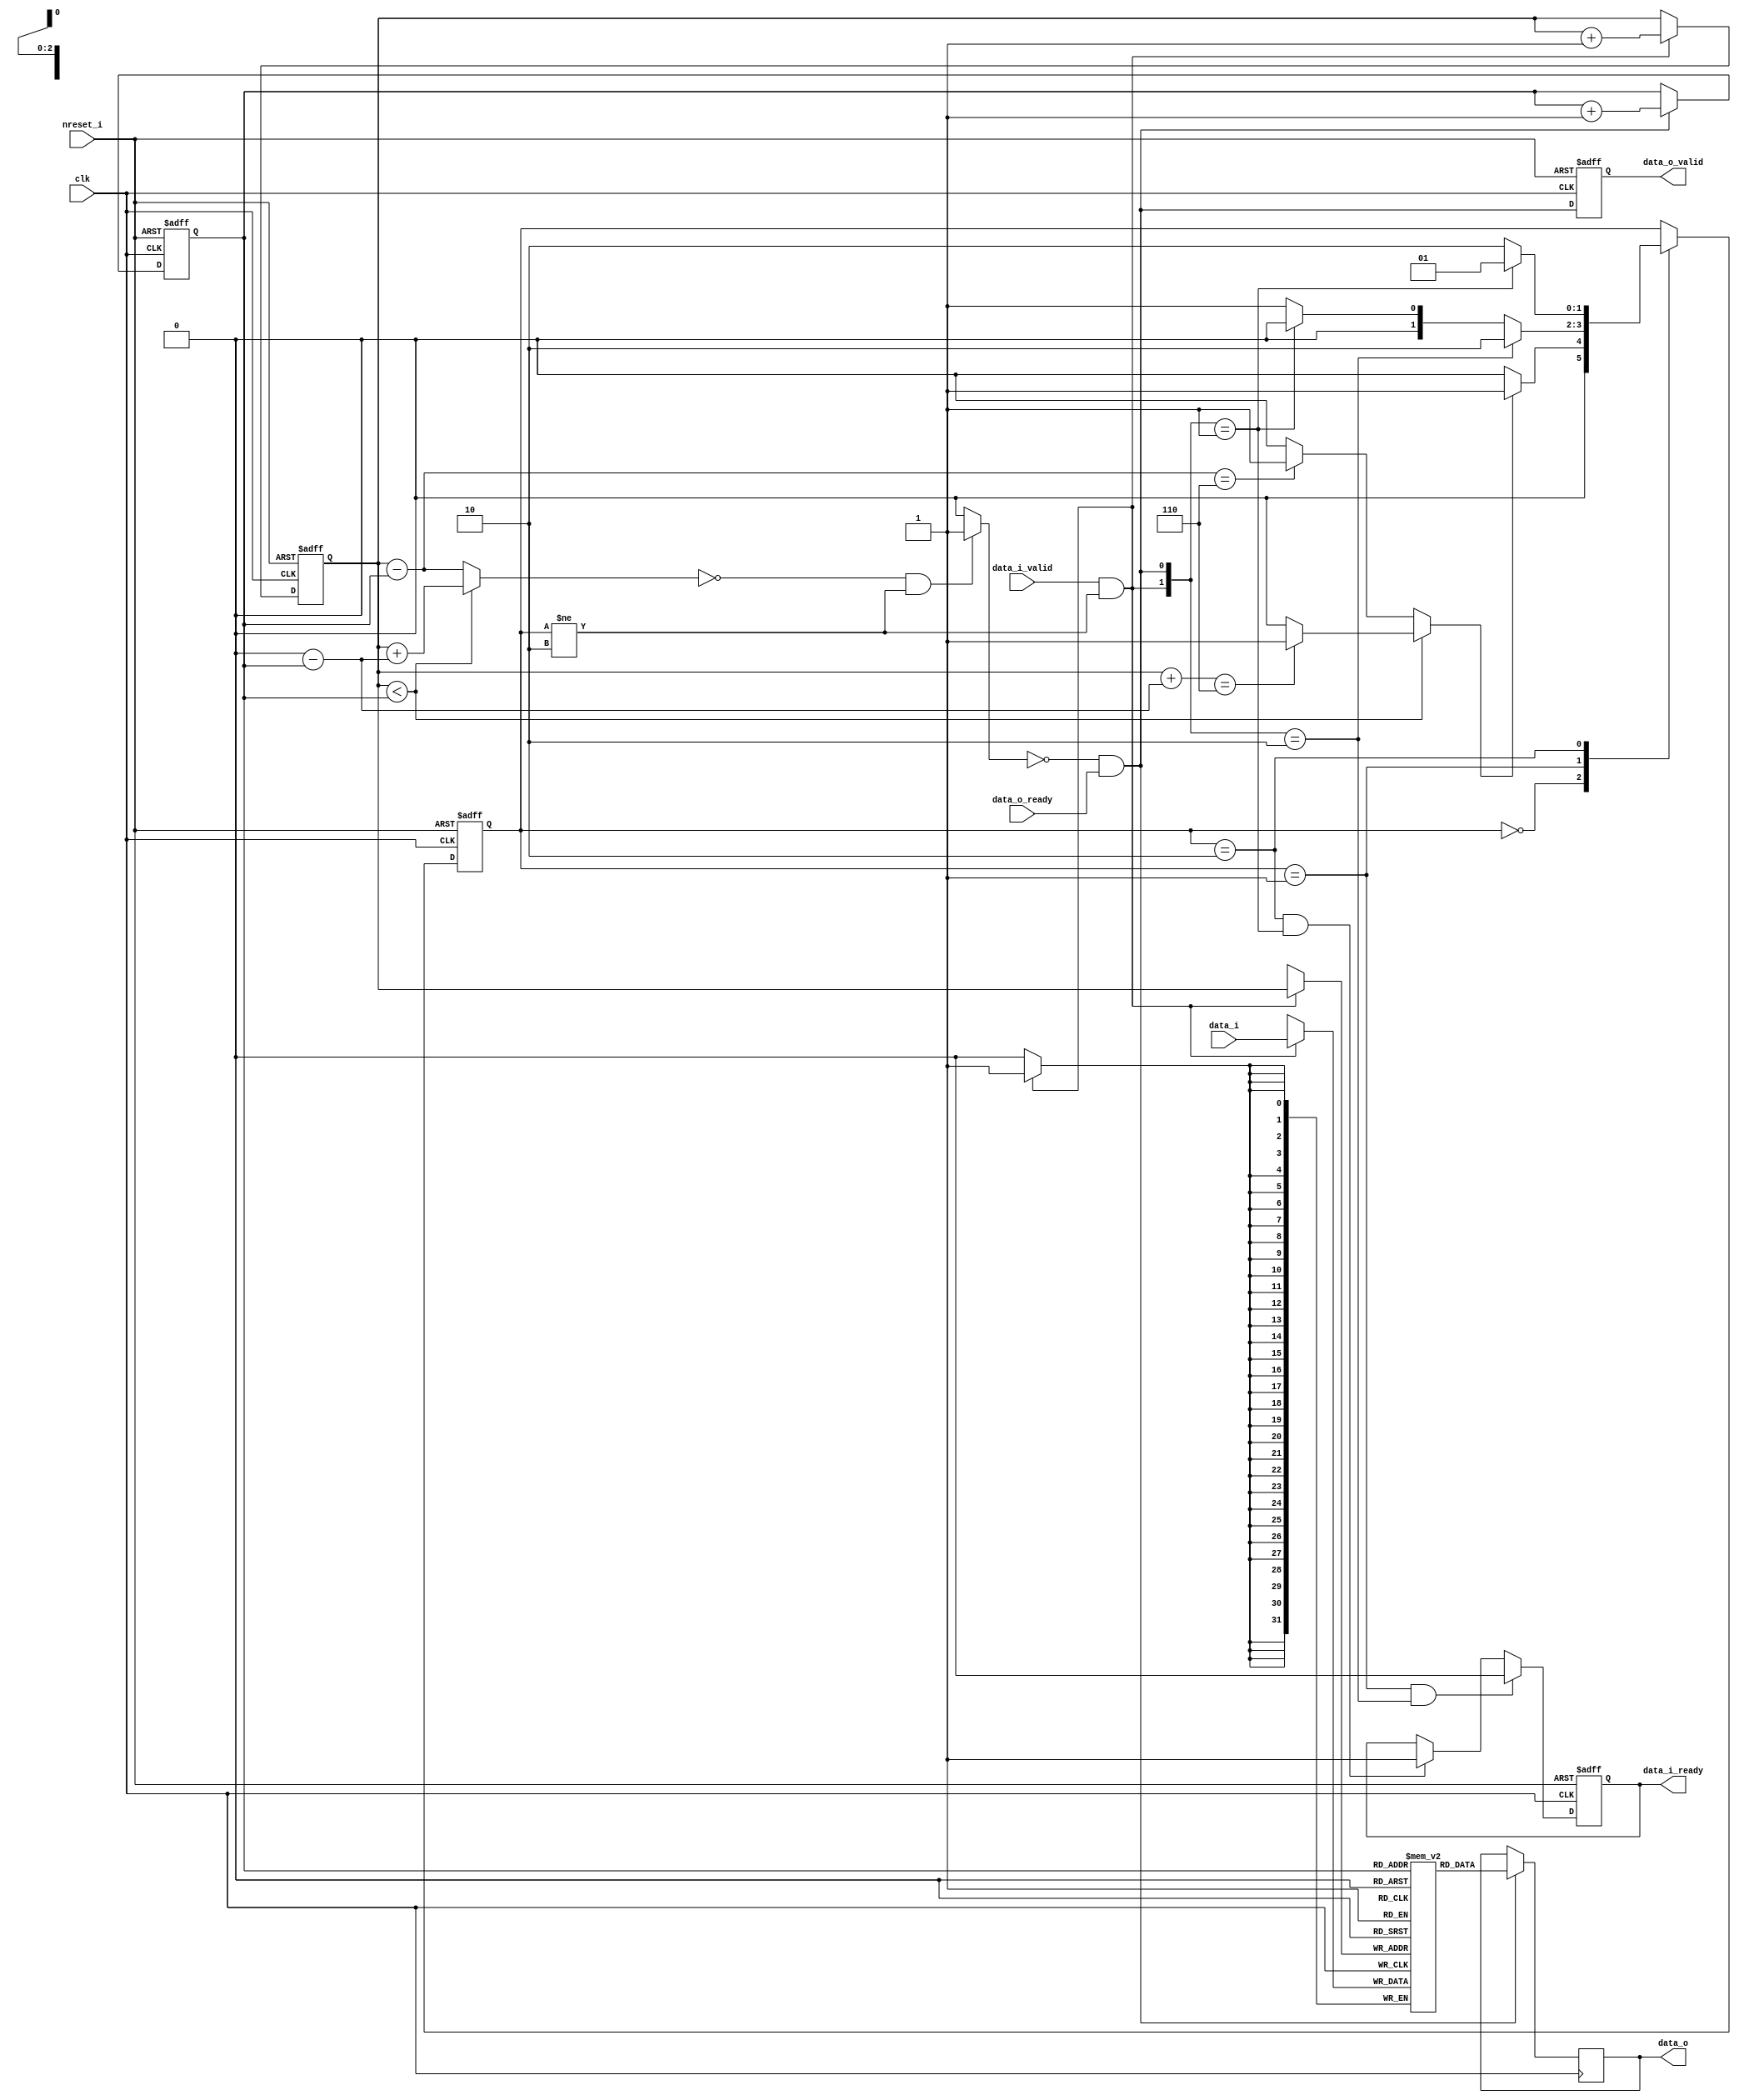
// 
//
// Copyright (c) 2019 Authors of "Buffets: An Efficient and Composable Storage Idiom for Explicit Decoupled Data
// Orchestration".
//
// Permission is hereby granted, free of charge, to any person obtaining a copy of this software and associated
// documentation files (the "Software"), to deal in the Software without restriction, including without limitation the
// rights to use, copy, modify, merge, publish, distribute, sublicense, and/or sell copies of the Software, and to
// permit persons to whom the Software is furnished to do so, subject to the following conditions:
//
// The above copyright notice and this permission notice shall be included in all copies or substantial portions of the
// Software.
//
// THE SOFTWARE IS PROVIDED "AS IS", WITHOUT WARRANTY OF ANY KIND, EXPRESS OR IMPLIED, INCLUDING BUT NOT LIMITED TO THE
// WARRANTIES OF MERCHANTABILITY, FITNESS FOR A PARTICULAR PURPOSE AND NONINFRINGEMENT. IN NO EVENT SHALL THE AUTHORS OR
// COPYRIGHT HOLDERS BE LIABLE FOR ANY CLAIM, DAMAGES OR OTHER LIABILITY, WHETHER IN AN ACTION OF CONTRACT, TORT OR
// OTHERWISE, ARISING FROM, OUT OF OR IN CONNECTION WITH THE SOFTWARE OR THE USE OR OTHER DEALINGS IN THE SOFTWARE.



module fifo(
            clk,
            nreset_i,
            data_i,
            data_i_valid,
            data_i_ready,
            data_o,
            data_o_valid,
            data_o_ready
        );

//------------------------------------------------------------------
//	                   PARAMETERS 
//------------------------------------------------------------------

parameter DATA_WIDTH = 32;
parameter FIFO_DEPTH = 8; //Assumed to be power of 2

localparam IDX_WIDTH = $clog2(FIFO_DEPTH);
localparam IDLE = 2'b00, READ_ONLY = 2'b01, WRITE_ONLY = 2'b10, READ_WRITE = 2'b11;
localparam READY = 2'b00, ALMOST_FULL = 2'b01, FULL =  2'b10;

//------------------------------------------------------------------
//	                   INPUT/OUTPUT PORTS
//------------------------------------------------------------------

input                       clk, nreset_i;

// Data In
input [DATA_WIDTH-1:0]      data_i;
input                       data_i_valid;
output                      data_i_ready;
//Data Out
output [DATA_WIDTH-1:0]     data_o;
output                      data_o_valid;
input                       data_o_ready;

//------------------------------------------------------------------
//	                   REGISTERS
//------------------------------------------------------------------

reg     [DATA_WIDTH-1:0]    regfile     [FIFO_DEPTH-1:0];
reg     [IDX_WIDTH-1:0]     head, tail;
reg     [1:0]               state;

reg     [DATA_WIDTH-1:0]    data_o_r;
reg                         data_o_valid_r, data_i_ready_r;
//------------------------------------------------------------------
//	                   WIRES 
//------------------------------------------------------------------

// Head Tail chase has two cases: (1) one where head is greater than tail and (2) vice versa
wire                        head_greater_than_tail = (head < tail)? 1'b0:1'b1;

// Distance between the tail and the end of the FIFO
wire    [IDX_WIDTH-1:0]     tail_offset = FIFO_DEPTH - tail;

// Distance between head and tail (applicable in case 1)
wire    [IDX_WIDTH-1:0]     head_tail_distance = head - tail;

// In case 1, head_tail_distance directly gives occupancy, in case (2) offset needs to be added to head.
wire    [IDX_WIDTH-1:0]     occupancy = (head_greater_than_tail)? head_tail_distance :
                                        (head + tail_offset);

// Empty FIFO
wire                        empty = ((occupancy == 1'b0)&&(state != FULL))? 1'b1:1'b0;

// Four events: Only read, only write, both or none
wire                        read_event = ~empty & data_o_ready;
wire                        write_event = data_i_valid & (state != FULL);
wire [1:0]                  event_cur = {write_event, read_event};

// Almost full refers to FIFO full if another data is written
    // Case 1, when head greater than tail (hgtt) - Distance is 2
wire                        almost_full_hgtt = (head_tail_distance == FIFO_DEPTH-2)? 1'b1 : 1'b0;
    // Case 2, when ~hgtt. Head is 0 and tail offset is 1, or head is 1 and tail offset is 0
wire                        almost_full_hgtt_n = ((head + tail_offset) == FIFO_DEPTH-2)? 1'b1: 1'b0;
    // Mux the above two to get the almost full
wire                        almost_full = (head_greater_than_tail) ? almost_full_hgtt : almost_full_hgtt_n;

// When will the FIFO be full: when it is almost full and there is only write (no read)
wire                        fifo_will_be_full = almost_full & data_i_valid & ~data_o_ready;

//------------------------------------------------------------------
//	                   SEQUENTIAL LOGIC
//------------------------------------------------------------------

// State Machine for FIFO status
always @(posedge clk or negedge nreset_i) begin
    if(~nreset_i) begin
        state <= READY;
    end
    else begin
        case(state)

        READY: 
            state <= (almost_full)? ALMOST_FULL : READY;
        ALMOST_FULL:
            state <= (event_cur == WRITE_ONLY)? FULL : 
                        ((event_cur == READ_ONLY)? READY : ALMOST_FULL);
        FULL:
            state <= (event_cur == READ_ONLY)? ALMOST_FULL : FULL;

        endcase
    end
end

// ready is pulled low if - (1) Almost full and valid input, or already full
always @(posedge clk or negedge nreset_i) begin
    if(~nreset_i) begin
        data_i_ready_r <= 1'b1;
    end
    else begin
        if((state == ALMOST_FULL) && (event_cur == WRITE_ONLY))
            data_i_ready_r <= 1'b0;
        else if((state == FULL) & (event_cur == READ_ONLY))
            data_i_ready_r <= 1'b1;
    end
end

// If the data out ready is asserted high, we send the data
always @(posedge clk)
    if(read_event)
        data_o_r <= regfile[tail];

// Data out valid is asserted high whenever we can read out
always @(posedge clk or negedge nreset_i) begin
    if(~nreset_i) begin
        data_o_valid_r <= 1'b0;
    end
    else begin
        data_o_valid_r <= read_event;
    end
end

// Tail is updated as the data is read
always @(posedge clk or negedge nreset_i) begin
    if(~nreset_i) begin
        tail <= {IDX_WIDTH{1'b0}};
    end
    else begin
        // Wrapping counter
        if(read_event)
            tail <= tail + 1'b1;
    end
end

// Data is always accepted (assuming the source has checked ready before dispatch)
// Head is updated on every write event
always @(posedge clk or negedge nreset_i) begin
    if(~nreset_i) begin
        head <= {IDX_WIDTH{1'b0}};
    end
    else begin
        // Wrapping counter
        if(write_event)
            head <= head + 1'b1;
    end
end

// Write the data
always @(posedge clk) begin
    if(write_event)
        regfile[head] <= data_i;
end


//------------------------------------------------------------------
//	                Assign Outputs
//------------------------------------------------------------------

assign data_o = data_o_r;
assign data_o_valid = data_o_valid_r;
assign data_i_ready = data_i_ready_r;


endmodule